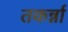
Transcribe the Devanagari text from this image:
तकर्न्ना